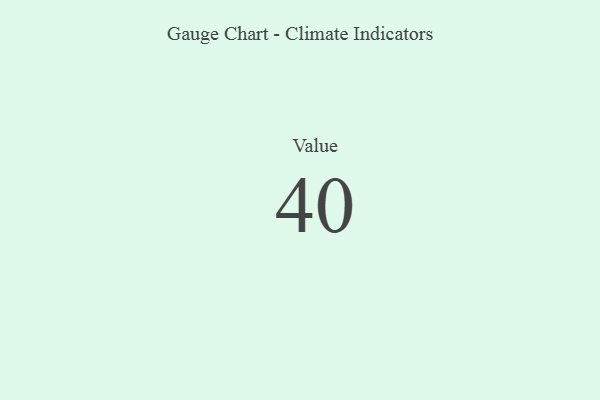
{"axis": {"x": "Metric", "y": "Value"}, "legend": [""], "data": [{"x": "Value", "y": 40, "type": ""}]}